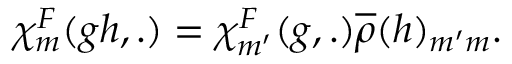
{ \chi } _ { m } ^ { F } ( g h , . ) = { \chi } _ { m ^ { \prime } } ^ { F } ( g , . ) \overline { { { \rho } } } ( h ) _ { m ^ { \prime } m } .